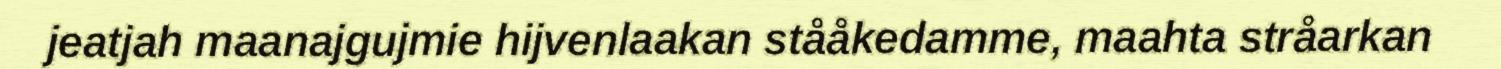
jeatjah maanajgujmie hijvenlaakan stååkedamme, maahta stråarkan